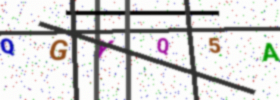
Text: QGYQ5A